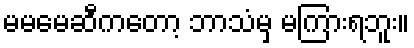
မမမေဆီကတော့ ဘာသံမှ မကြားရဘူး။